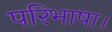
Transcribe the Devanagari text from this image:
परिभाषा।